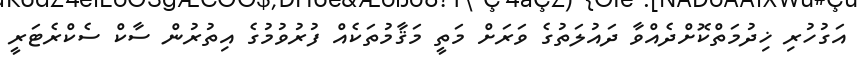
އަގުހުރި ޚިދުމަތްކޮށްދެއްވާ ދައުލަތުގެ ވަރަށް މަތީ މަޤާމުތަކެއް ފުރުވުމުގެ އިތުރުން ސާކް ސެކްރެޓަރީ